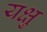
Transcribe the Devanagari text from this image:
यक्षु